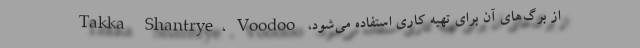
از برگ‌های آن برای تهیه‌ کاری استفاده می‌شود، Takka Shantrye، Voodoo